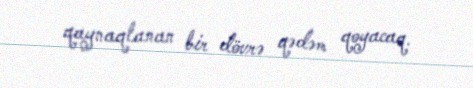
qaynaqlanan bir dövrə qədəm qoyacaq.